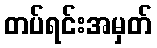
တပ်ရင်းအမှတ်